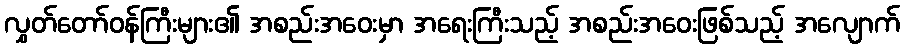
လွှတ်တော်ဝန်ကြီးများ၏ အစည်းအဝေးမှာ အရေးကြီးသည့် အစည်းအဝေးဖြစ်သည့် အလျောက်